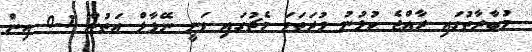
މުބާރާތުގައި ރާއްޖެ ކުޅުނު ފުރަތަމަ މެޗުގައި ވަނީ ނޭޕާލް އަތުން 1-0 އިން